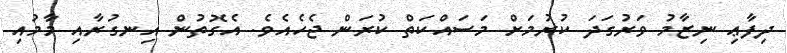
ދިފާޢި ނިޒާމު ވަރުގަދަ ކުރުމަށް މަސައްކަތް ކުރަން ޖެހެއެވެ. އެގޮތުން އިނގުރާއި މާމުއި